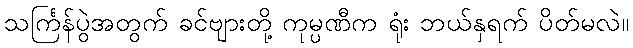
သင်္ကြန်ပွဲအတွက် ခင်ဗျားတို့ ကုမ္ပဏီက ရုံး ဘယ်နှရက် ပိတ်မလဲ။